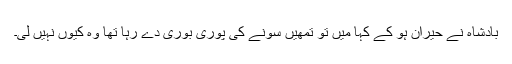
بادشاہ نے حیران ہو کے کہا میں تو تمھیں سونے کی پوری بوری دے رہا تھا وہ کیوں نہیں لی۔